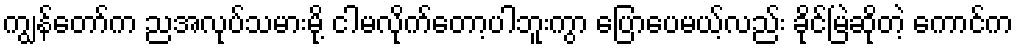
ကျွန်တော်က ညအလုပ်သမားမို့ ငါမလိုက်တော့ပါဘူးကွာ ပြောပေမယ့်လည်း ခိုင်မြဲဆိုတဲ့ ကောင်က